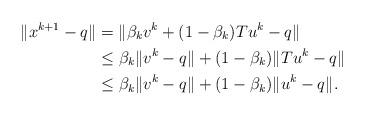
LaTeX: \begin{align*}\begin{aligned}\|x^{k+1} - q\| & = \|\beta_k v^k + (1 - \beta_k) Tu^k - q \|\\&\leq \beta_k \|v^k - q \| + (1 - \beta_k) \|Tu^k - q \|\\&\leq \beta_k \|v^k - q \| + (1 - \beta_k) \|u^k - q \|.\end{aligned}\end{align*}